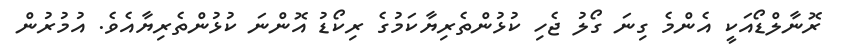
ރޮނާލްޑޯއަކީ އެންމެ ގިނަ ގޯލު ޖެހި ކުޅުންތެރިޔާކަމުގެ ރިކޯޑު އޮންނަ ކުޅުންތެރިޔާއެވެ. އުމުރުން